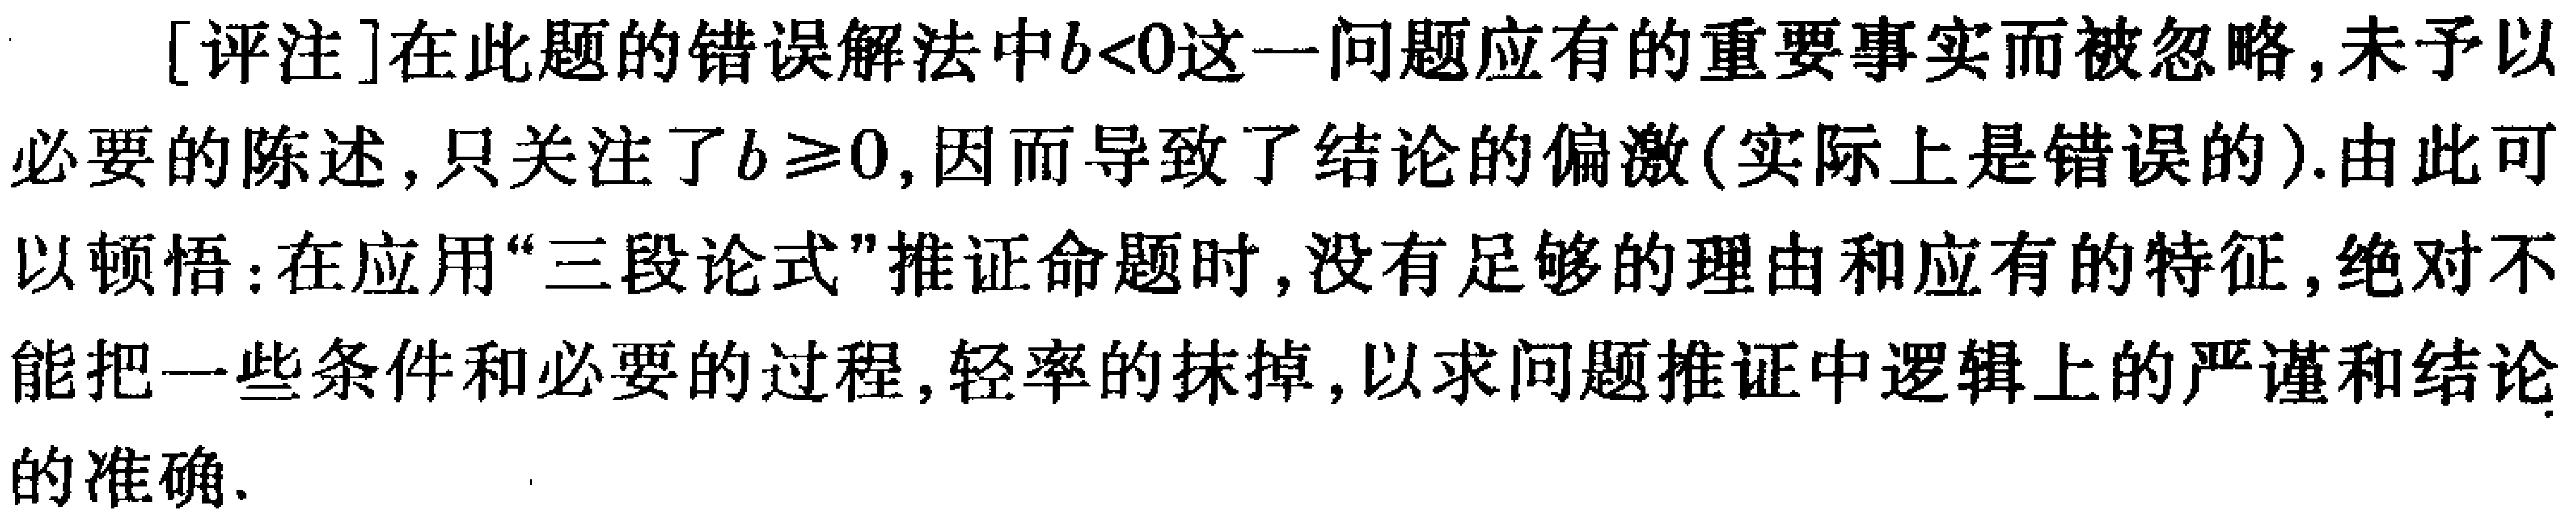
[评注]在此题的错误解法中\(b<0\)这一问题应有的重要事实而被忽略,未予以必要的陈述,只关注了\(b \geq0\),因而导致了结论的偏激(实际上是错误的).由此可以顿悟:在应用“三段论式”推证命题时,没有足够的理由和应有的特征,绝对不能把一些条件和必要的过程,轻率的抹掉,以求问题推证中逻辑上的严谨和结论的准确.